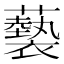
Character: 𧃳